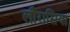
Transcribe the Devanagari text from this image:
लौरासिया